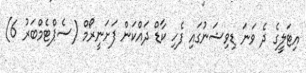
އިޓަލީގެ ދެ ވަނަ ޑިވިޝަނުގައި ފެހި ކާޑް ދައްކަން ފަށަނީރޯމް (ސެޕްޓެމްބަރު 6)